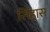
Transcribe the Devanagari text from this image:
सिंहास